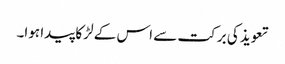
تعویذ کی برکت سے اس کے لڑکا پیدا ہوا۔